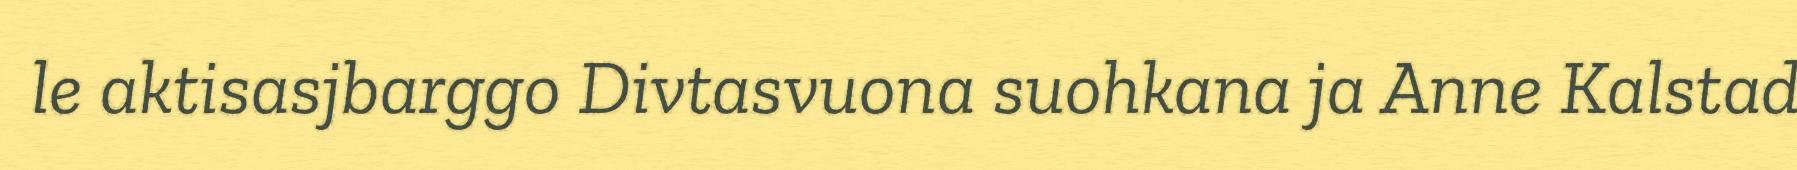
le aktisasjbarggo Divtasvuona suohkana ja Anne Kalstad